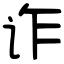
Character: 诈